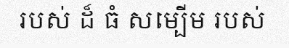
របស់ ដ៏ ធំ សម្បើម របស់